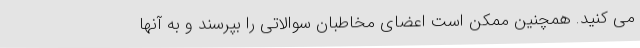
می کنید. همچنین ممکن است اعضای مخاطبان سوالاتی را بپرسند و به آنها